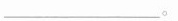
___。